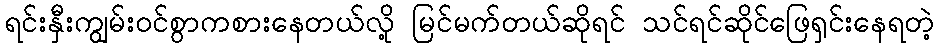
ရင်းနှီးကျွမ်းဝင်စွာကစားနေတယ်လို့ မြင်မက်တယ်ဆိုရင် သင်ရင်ဆိုင်ဖြေရှင်းနေရတဲ့